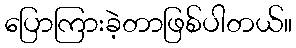
ပြောကြားခဲ့တာဖြစ်ပါတယ်။